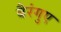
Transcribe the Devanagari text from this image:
बैरंगुए